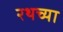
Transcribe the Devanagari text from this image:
रथच्या